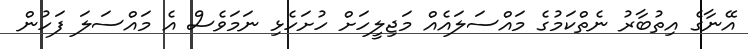
އޭނާގެ އިތުބާރު ނެތްކަމުގެ މައްސަލައެއް މަޖިލީހަށް ހުށަހެޅި ނަމަވެސް އެ މައްސަލަ ފަހުން